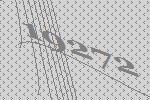
19272